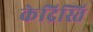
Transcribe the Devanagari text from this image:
केद्रिस्ति